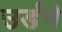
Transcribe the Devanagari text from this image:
उर्डने